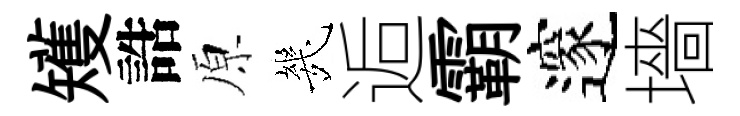
矱誥原㡬逅霸邃墻